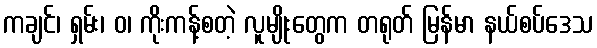
ကချင်၊ ရှမ်း၊ ဝ၊ ကိုးကန့်စတဲ့ လူမျိုးတွေက တရုတ် မြန်မာ နယ်စပ်ဒေသ